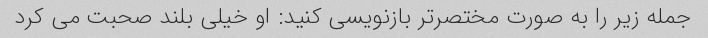
جمله زیر را به صورت مختصرتر بازنویسی کنید: او خیلی بلند صحبت می کرد